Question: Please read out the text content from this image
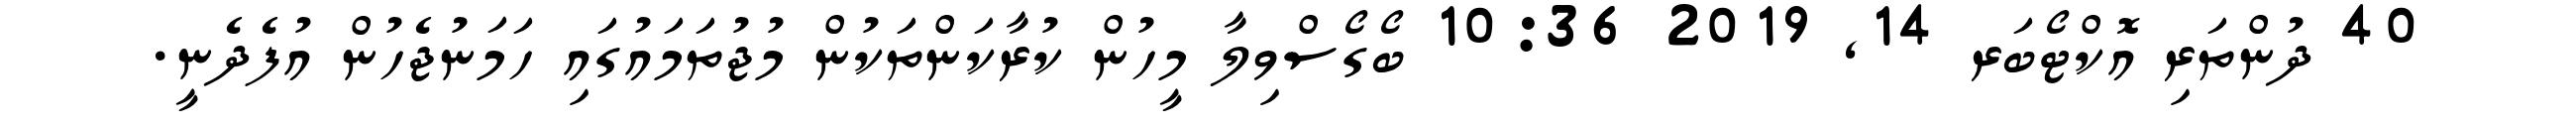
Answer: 40 ދުންތަރި އޮކްޓޯބަރ 14, 2019 10:36 ބޯގޯސްވިލާ މީހުން ކުރާކަންތަކުން މުޖުތަމައުގައި ހަމަނުޖެހުން އުފެދެނީ.